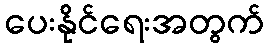
ပေးနိုင်ရေးအတွက်